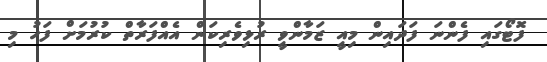
ފޮޓޯގައި ފެންނަ ފަދައިން މިއީ ޒަމާންވީ ރުޅިވެރިކަން އެއްފަރާތް ކުރުމަށް ފަހު މި